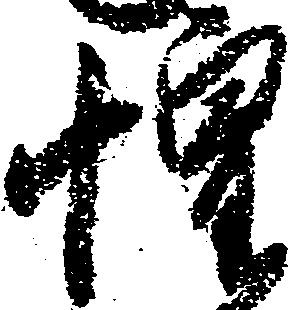
惶